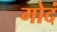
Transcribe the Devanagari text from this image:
गोदं